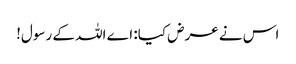
اس نے عرض کیا: اے اللہ کے رسول!